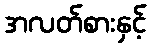
အလတ်စားနှင့်